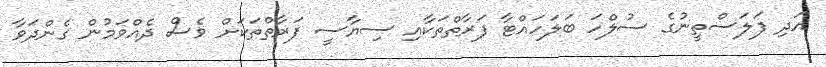
އަދި ފަލަސްތީނުގެ ސުލްހަ ބަލަހައްޓާ ފަރާތްތަކާއި ސިޔާސީ ފަރާތްތަކަށް ވެސް ދެއްވަމުން ގެންދަވާ